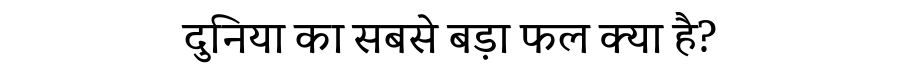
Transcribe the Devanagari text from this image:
दुनिया का सबसे बड़ा फल क्या है?